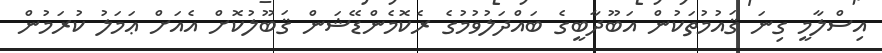
އިސްލާމީ ގިނަ ޤައުމުތަކުން އަބޫދާބީގެ ބައްދަލުވުމުގެ ރެކޮމެންޑޭޝަން ޤަބޫލުކޮށް އެއަށް ޢަމަލު ކުރަމުން